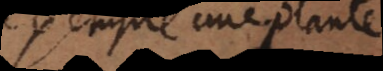
exemple une plante